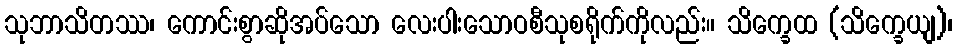
သုဘာသိတဿ၊ ကောင်းစွာဆိုအပ်သော လေးပါးသောဝစီသုစရိုက်ကိုလည်း။ သိက္ခေထ (သိက္ခေယျ)၊